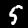
Label: 5